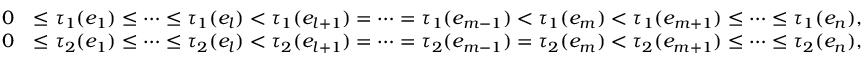
\begin{array} { r l } { 0 } & { \leq \tau _ { 1 } ( e _ { 1 } ) \leq \cdots \leq \tau _ { 1 } ( e _ { l } ) < \tau _ { 1 } ( e _ { l + 1 } ) = \cdots = \tau _ { 1 } ( e _ { m - 1 } ) < \tau _ { 1 } ( e _ { m } ) < \tau _ { 1 } ( e _ { m + 1 } ) \leq \cdots \leq \tau _ { 1 } ( e _ { n } ) , } \\ { 0 } & { \leq \tau _ { 2 } ( e _ { 1 } ) \leq \cdots \leq \tau _ { 2 } ( e _ { l } ) < \tau _ { 2 } ( e _ { l + 1 } ) = \cdots = \tau _ { 2 } ( e _ { m - 1 } ) = \tau _ { 2 } ( e _ { m } ) < \tau _ { 2 } ( e _ { m + 1 } ) \leq \cdots \leq \tau _ { 2 } ( e _ { n } ) , } \end{array}